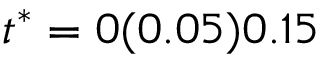
t ^ { * } = 0 ( 0 . 0 5 ) 0 . 1 5